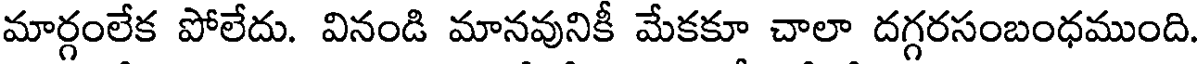
మార్గంలేక పోలేదు. వినండి మానవునికీ మేకకూ చాలా దగ్గరసంబంధముంది